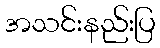
အသင်းနည်းပြ